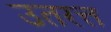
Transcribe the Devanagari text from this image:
उतरत्त